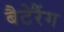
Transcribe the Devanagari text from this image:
बैटेरैंग